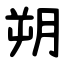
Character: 朔